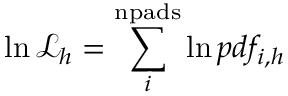
\ln \mathcal { L } _ { h } = \sum _ { i } ^ { \mathrm { { n p a d s } } } \ln p d f _ { i , h }